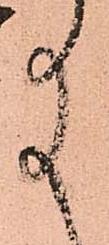
給